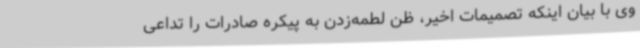
وی با بیان اینکه تصمیمات‌ اخیر، ظن لطمه‌زدن به پیکره صادرات را تداعی